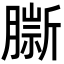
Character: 𦠔